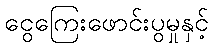
ငွေကြေးဖောင်းပွမှုနှင့်